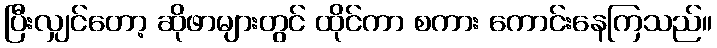
ပြီးလျှင်တော့ ဆိုဖာများတွင် ထိုင်ကာ စကား ကောင်းနေကြသည်။